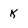
Character: k